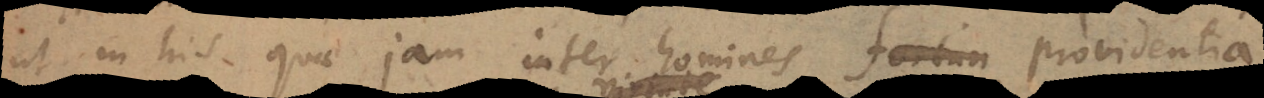
ut in his quae jam inter homines providentia